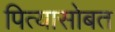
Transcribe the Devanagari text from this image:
पित्यासोबत